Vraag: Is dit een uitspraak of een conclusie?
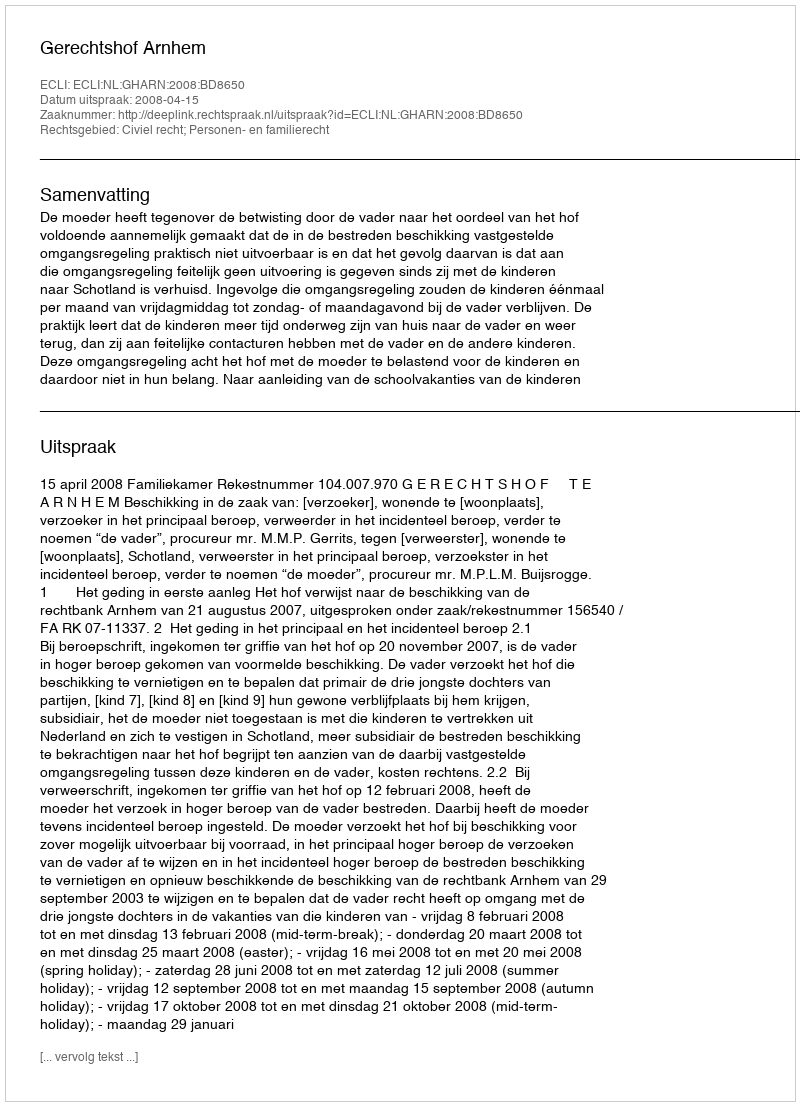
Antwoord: Uitspraak